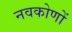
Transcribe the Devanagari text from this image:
नवकोणों